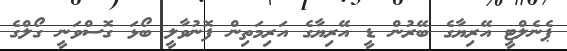
ޕެނެލްޓީ އޭރިޔާގެ ބޭރުން ޑީ އޭރިޔާގެ އަރިމަތިން ފޮނުވާލީ ބޯޅަ ގޮސްވަނީ ގޯލްގެ